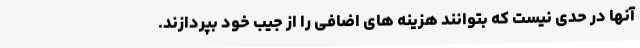
آنها در حدی نیست که بتوانند هزینه های اضافی را از جیب خود بپردازند.